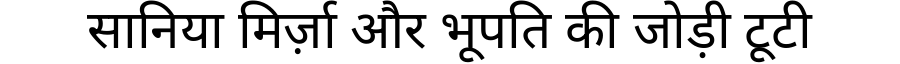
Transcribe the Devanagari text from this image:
सानिया मिर्ज़ा और भूपति की जोड़ी टूटी